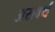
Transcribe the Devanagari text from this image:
असवर्थ